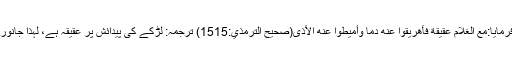
سلمان بن عامر ضبی رضی اللہ عنہ کہتے ہیں کہ رسول اللہ ﷺ نے فرمایا:معَ الغُلامِ عقيقةٌ فأَهريقوا عنهُ دَمًا وأميطوا عنهُ الأذَى(صحيح الترمذي:1515) ترجمہ: لڑکے کی پیدائش پر عقیقہ ہے، لہذا جانور ذبح کرکےاس کی طرف سے خون بہاؤ اوراس سے گندگی دورکرو۔